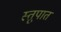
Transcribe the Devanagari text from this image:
स्तूपात